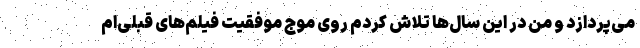
می‌پردازد و من در این سال‌ها تلاش کردم روی موج موفقیت فیلم‌های قبلی‌ام